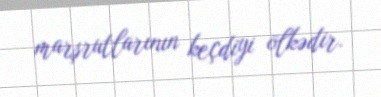
marşrutlarının keçdiyi ölkədir.